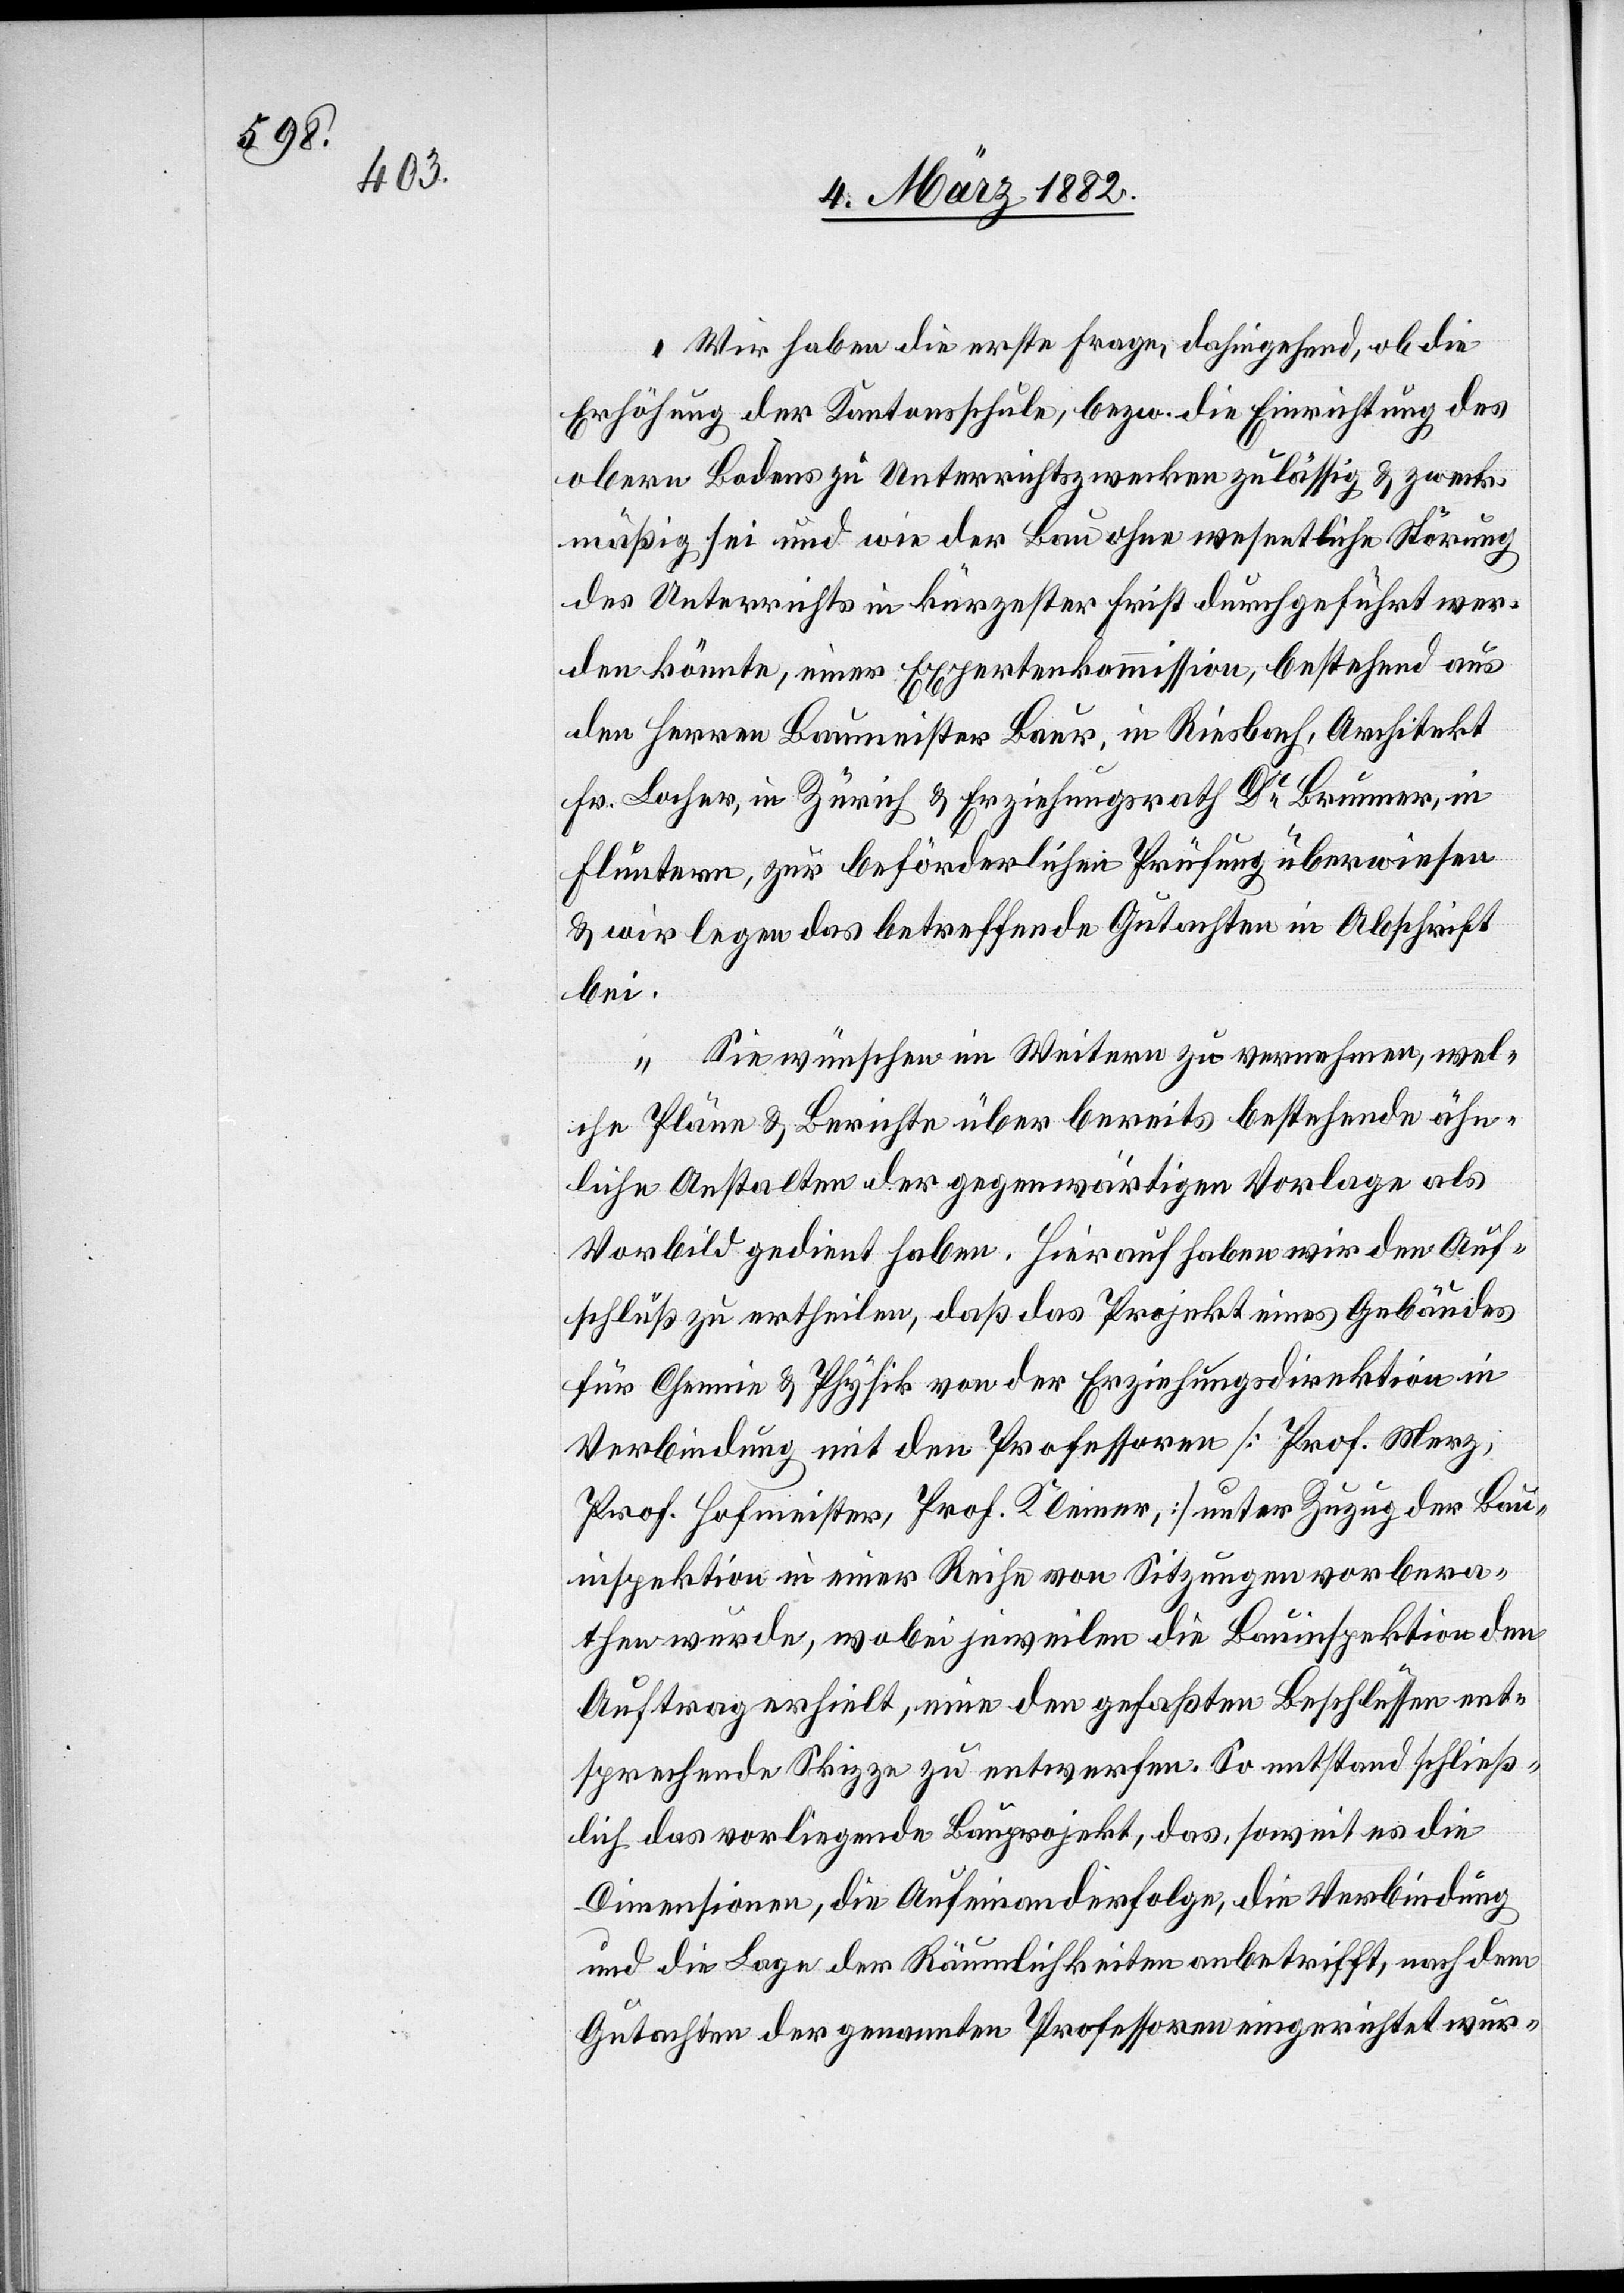
Wir haben die erste Frage, dahingehend, ob die
Erhöhung der Kantonsschule, bezw. die Einrichtung des
obern Bodens zu Unterrichtszwecken zulässig & zweck¬
mäßig sei und wie der Bau ohne wesentliche Störung
des Unterrichts in kürzester Frist durchgeführt wer¬
den könnte, einer Expertenkommission, bestehend aus
den Herren Baumeister Baur, in Riesbach, Architekt,
Fr. Locher, in Zürich & Erziehungsrath Dr Brunner, in
Fluntern, zur beförderlichen Prüfung überwiesen
& wir legen das betreffende Gutachten in Abschrift
bei.
Sie wünschen im Weiteren zu vernehmen, wel¬
che Pläne & Berichte über bereits bestehende ähn¬
liche Anstalten der gegenwärtigen Vorlage als
Vorbild gedient haben. Hierauf haben wir den Auf¬
schluß zu ertheilen, daß das Projekt eines Gebäudes
für Chemie & Physik von der Erziehungsdirektion in
Verbindung mit den Professoren [Prof. Merz,
Prof. Hofmeister, Prof. Kleiner,] unter Zuzug der Bau¬
inspektion in einer Reihe von Sitzungen vorbera¬
then wurde, wobei jeweilen die Bauinspektion den
Auftrag erhielt, eine den gefaßten Beschlüssen ent¬
sprechende Skizze zu entwerfen. So entstand schließ¬
lich das vorliegende Bauprojekt, das, soweit es die
Dimensionen, die Aufeinanderfolge, die Verbindung
und die Lage der Räumlichkeiten anbetrifft, nach dem
Gutachten der genannten Professoren eingerichtet wur-